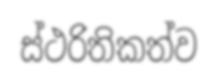
ස්ථරිතිකත්ව